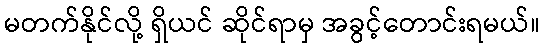
မတက်နိုင်လို့ ရှိယင် ဆိုင်ရာမှ အခွင့်တောင်းရမယ်။